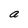
Character: a